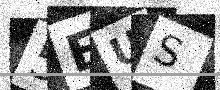
Text: 5EUS